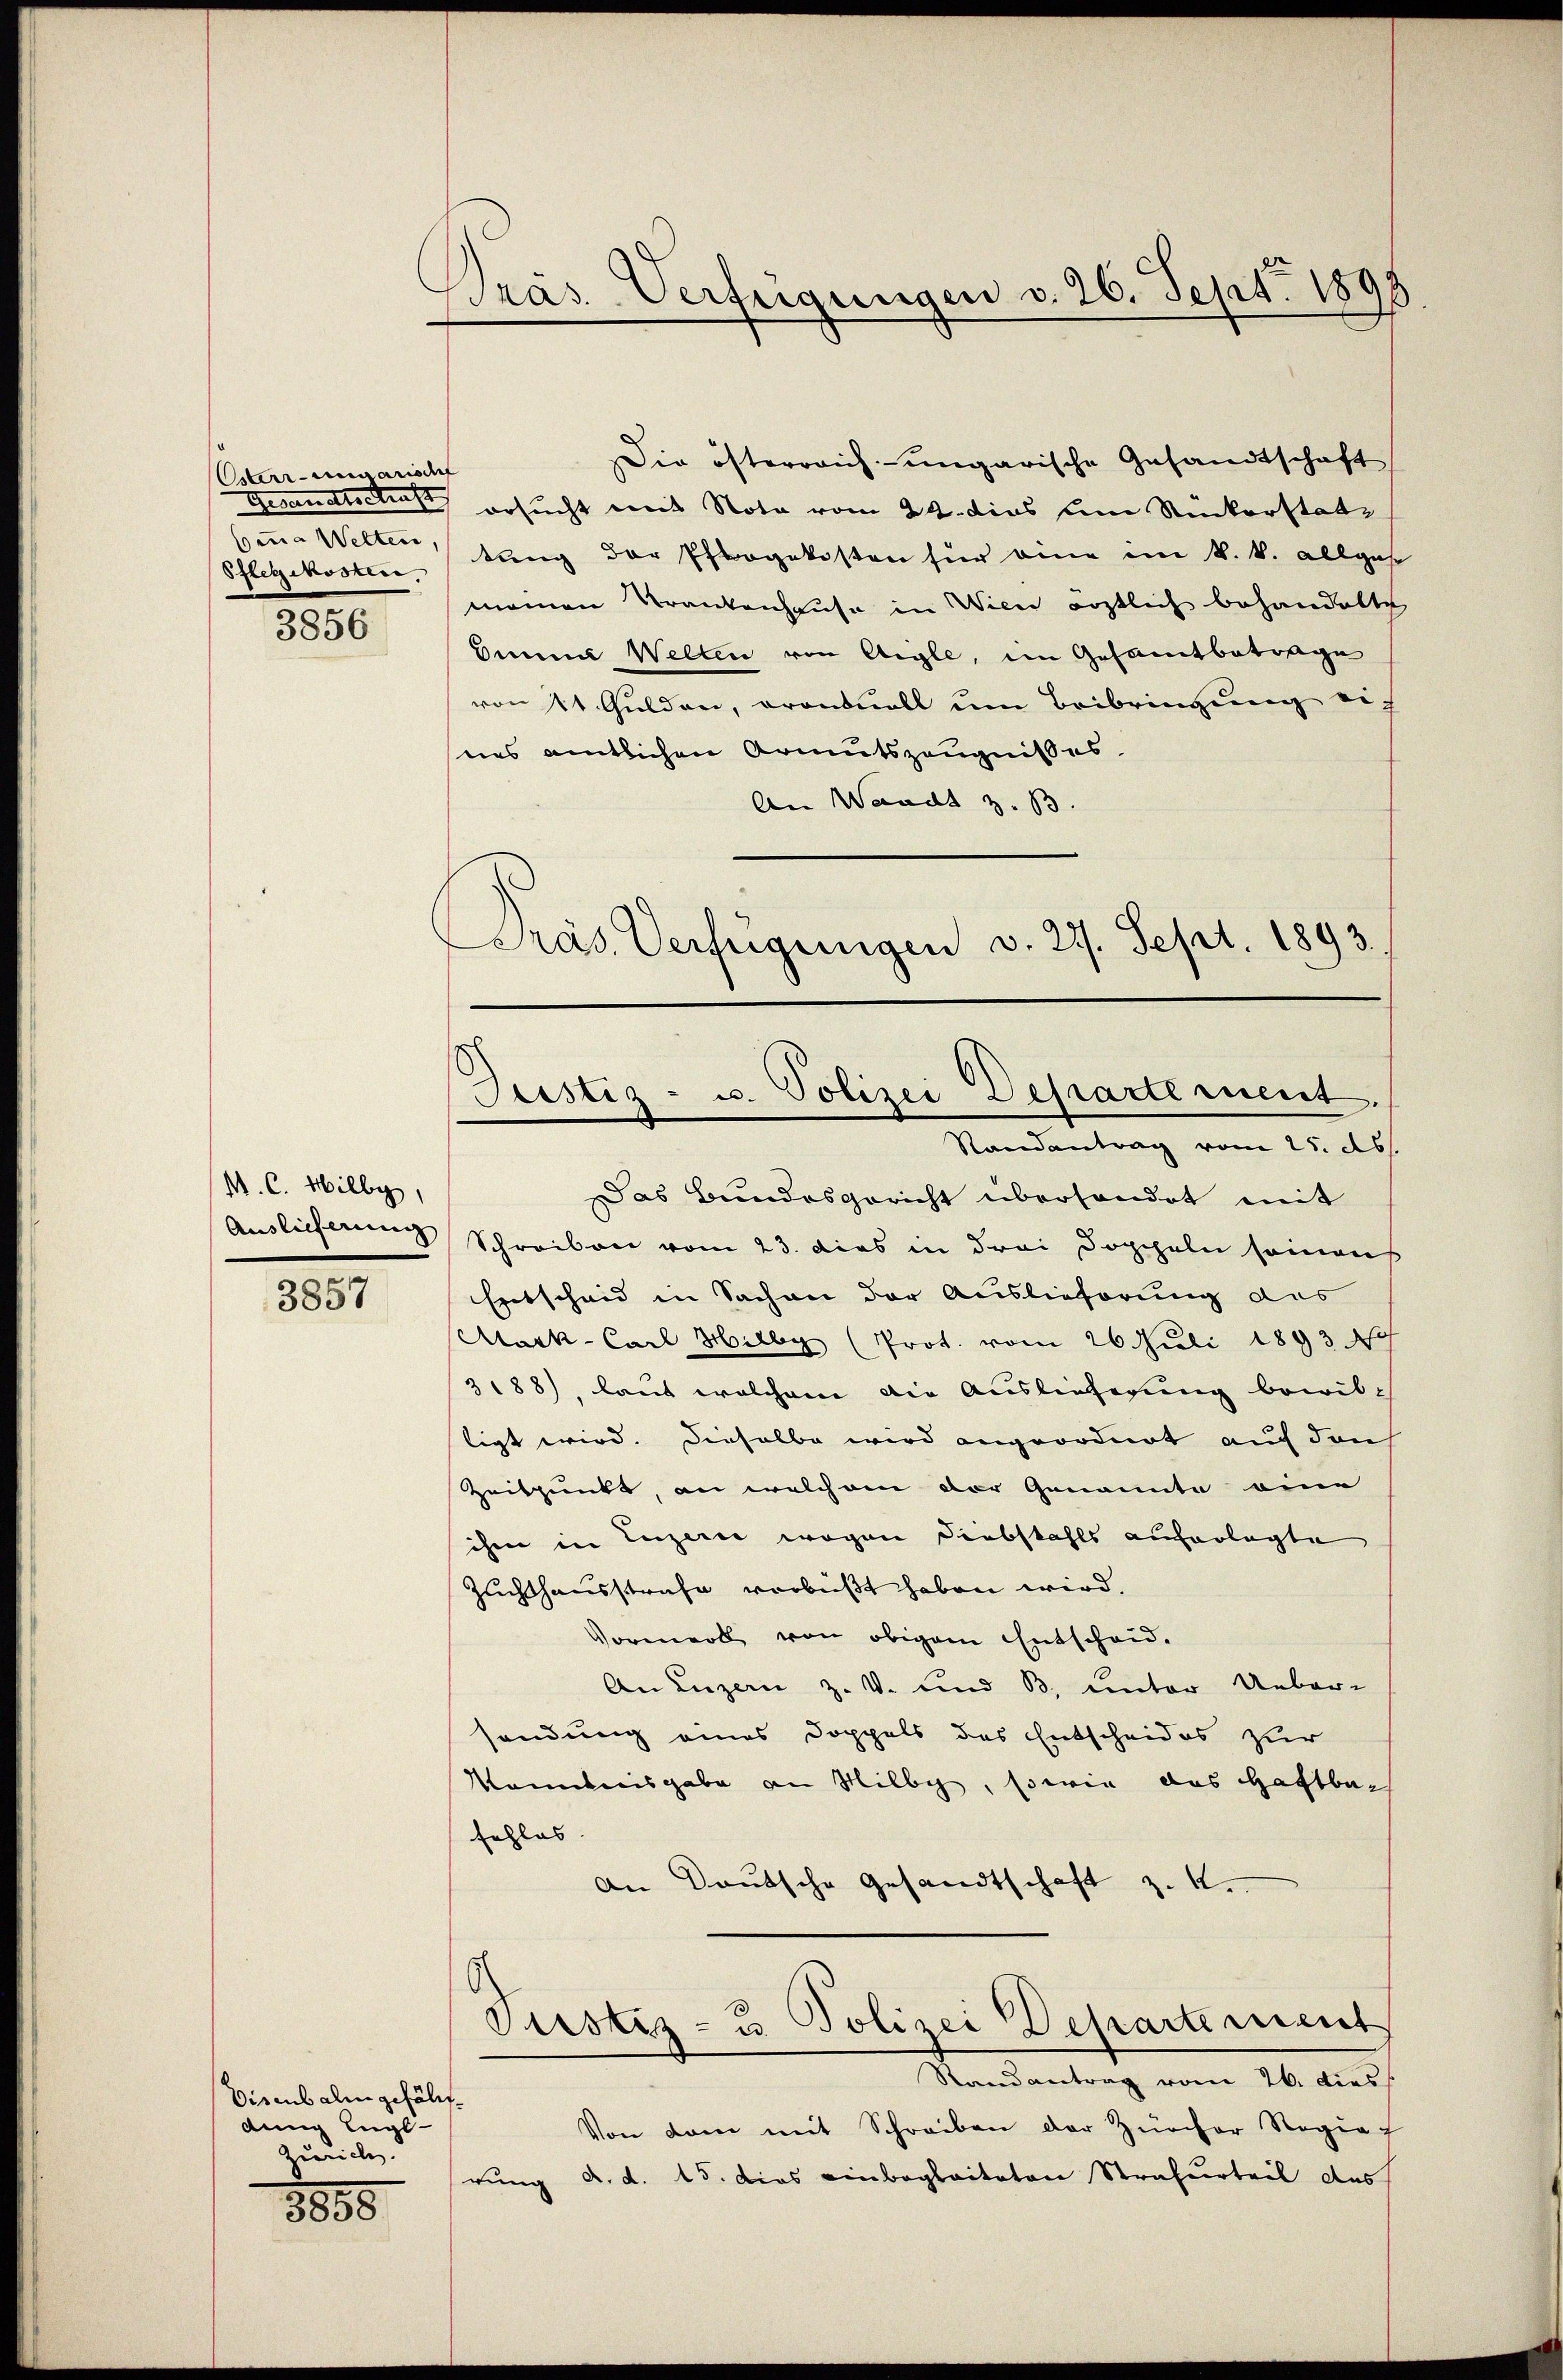
Osterrengarischf
Pflegekosten.

3856

M. C. Milly,
Auslieferung

3857

Visenbalen gefäldung Engl
Zürich.

8858

Prás-Verfügungen v. 26. Sept. 1898

Die österreich ungarische Gesandtschaft
Gesandtschaft ersucht mit Nota vom 22. dies um Rückerstate
Comma Welten, sang der Pflegekosten für eine im k. k. allgese
meinen Krankenhause in Wien ärztlich behandelte
Dame Welten von Aigle, im Gesamtbetrage
von 11. Gulden, prononall um Beibringung eich
nes amtlichen Armutszeugnißes
An Waadt z. B.
Präs. Verfügungen v. 22. Sept. 1893.

Justiz- u. Polizei Departement.
Randantrag vom 25. ds.

Das Bundesgericht überhandet mit
Schreiben vom 23. dies in drei Doppeln seinauf
Entscheid in Sachen der Auslieferung das
Cask- Carl Willy (Prot. vom 26. Juli 1893 N
3188), laut welchem die Auslieferung bewil-
tigt wird. Dieselbe wird angeordnet auf den
Zeitpunkt, an welchem der Genannte eine
ihme in Luzerne wegen Diebstahls auferlegte
Zuchthausstrafe verbüßt haben wird.
Vormerk von obigem Entscheid.
An Luzern z. v. und B. unter Uebersendung eines Doppels des Entscheides zur
Kenntnisgabe an Milly, sowie das Haftbach
fehles.
An Deutsche Gesandtschaft z. 1.
Justiz- u. Polizei Departement
Randantrag vom 26. dies
Von dem mit Schreiben der Zürcher Regia
rung d. d. 15. Dies einbegleiteten Strafurteil des